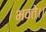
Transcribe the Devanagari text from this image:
भवते।।